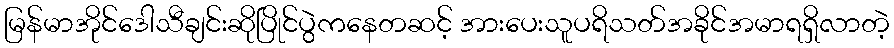
မြန်မာအိုင်ဒေါသီချင်းဆိုပြိုင်ပွဲကနေတဆင့် အားပေးသူပရိသတ်အခိုင်အမာရရှိလာတဲ့